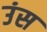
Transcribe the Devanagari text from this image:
उंस